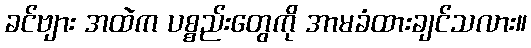
ခင်ဗျား အထဲက ပစ္စည်းတွေကို အာမခံထားချင်သလား။